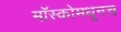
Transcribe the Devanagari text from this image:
मॉस्कोमधूनच